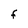
Character: F